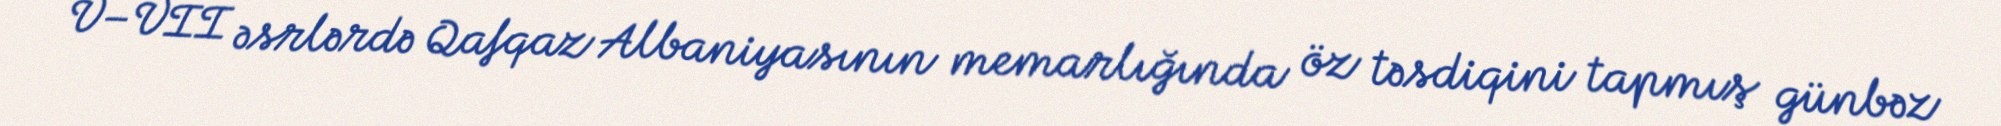
V–VII əsrlərdə Qafqaz Albaniyasının memarlığında öz təsdiqini tapmış günbəz